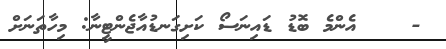
-    އެންމެ ބޮޑު ޑައިނަސޯ ކަށިގަނޑުއާޖެންޓީނާ: މިހާތަނަށް